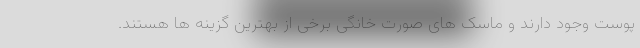
پوست وجود دارند و ماسک های صورت خانگی برخی از بهترین گزینه ها هستند.